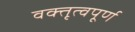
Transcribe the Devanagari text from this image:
वक्तृत्वपूर्ण